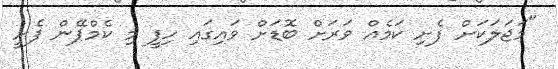
"މަޖަލަކަށް ފެށި ކަމެއް ވަރަށް ބޮޑަށް ވައިގައި ހިފީ މި ކެމްޕޭން ފެށީ